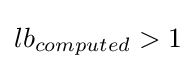
lb_{computed}>1